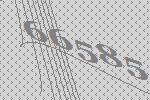
66585